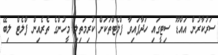
ސަރުކާރުން އައްޑޫ ސިޓީގައި ހަދާފައިވާ ފްލެޓްތަކަށް ކުރިމަތިލި މީހުންގެ ތެރެއިން ފްލެޓް ލިބޭ